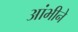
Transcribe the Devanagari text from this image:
आंभीने